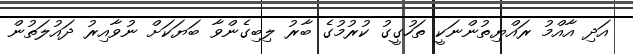
އަދި އާއްމު ރައްޔިތުންނަކީ ތަހުގީގު ކުރުމުގެ ބާރު ލިބިގެންވާ ބަޔަކަށް ނުވާއިރު ދައުލަތުން